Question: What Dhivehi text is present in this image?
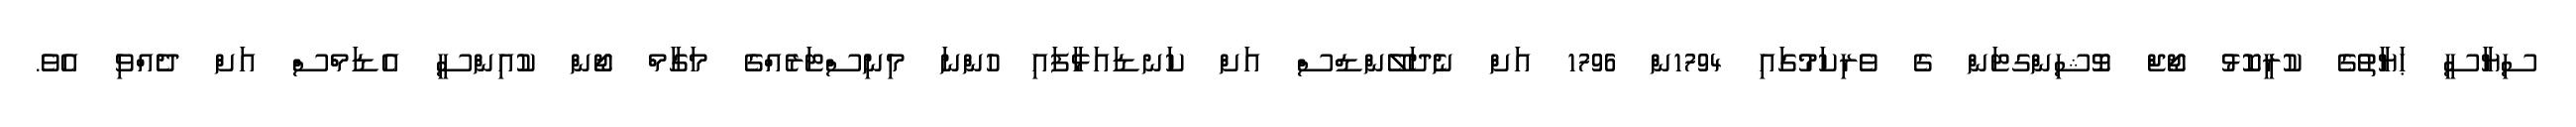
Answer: ސިޔާސީ ޙަޔާތުގެ ކުރީކޮޅު ޖޯޖް ވޮޝިންގޓަން ގެ ވެރިކަމުގައި 1794ން 1796 އަށް ނެދަލޭންޑްސް އަށް ކަނޑައަޅާފައި ހުންނަ މިނިސްޓަރެއްގެ މަގާމް ޖޯން ކުއިންސީ އެޑަމްސް އަށް ދެއްވި އެވެ.